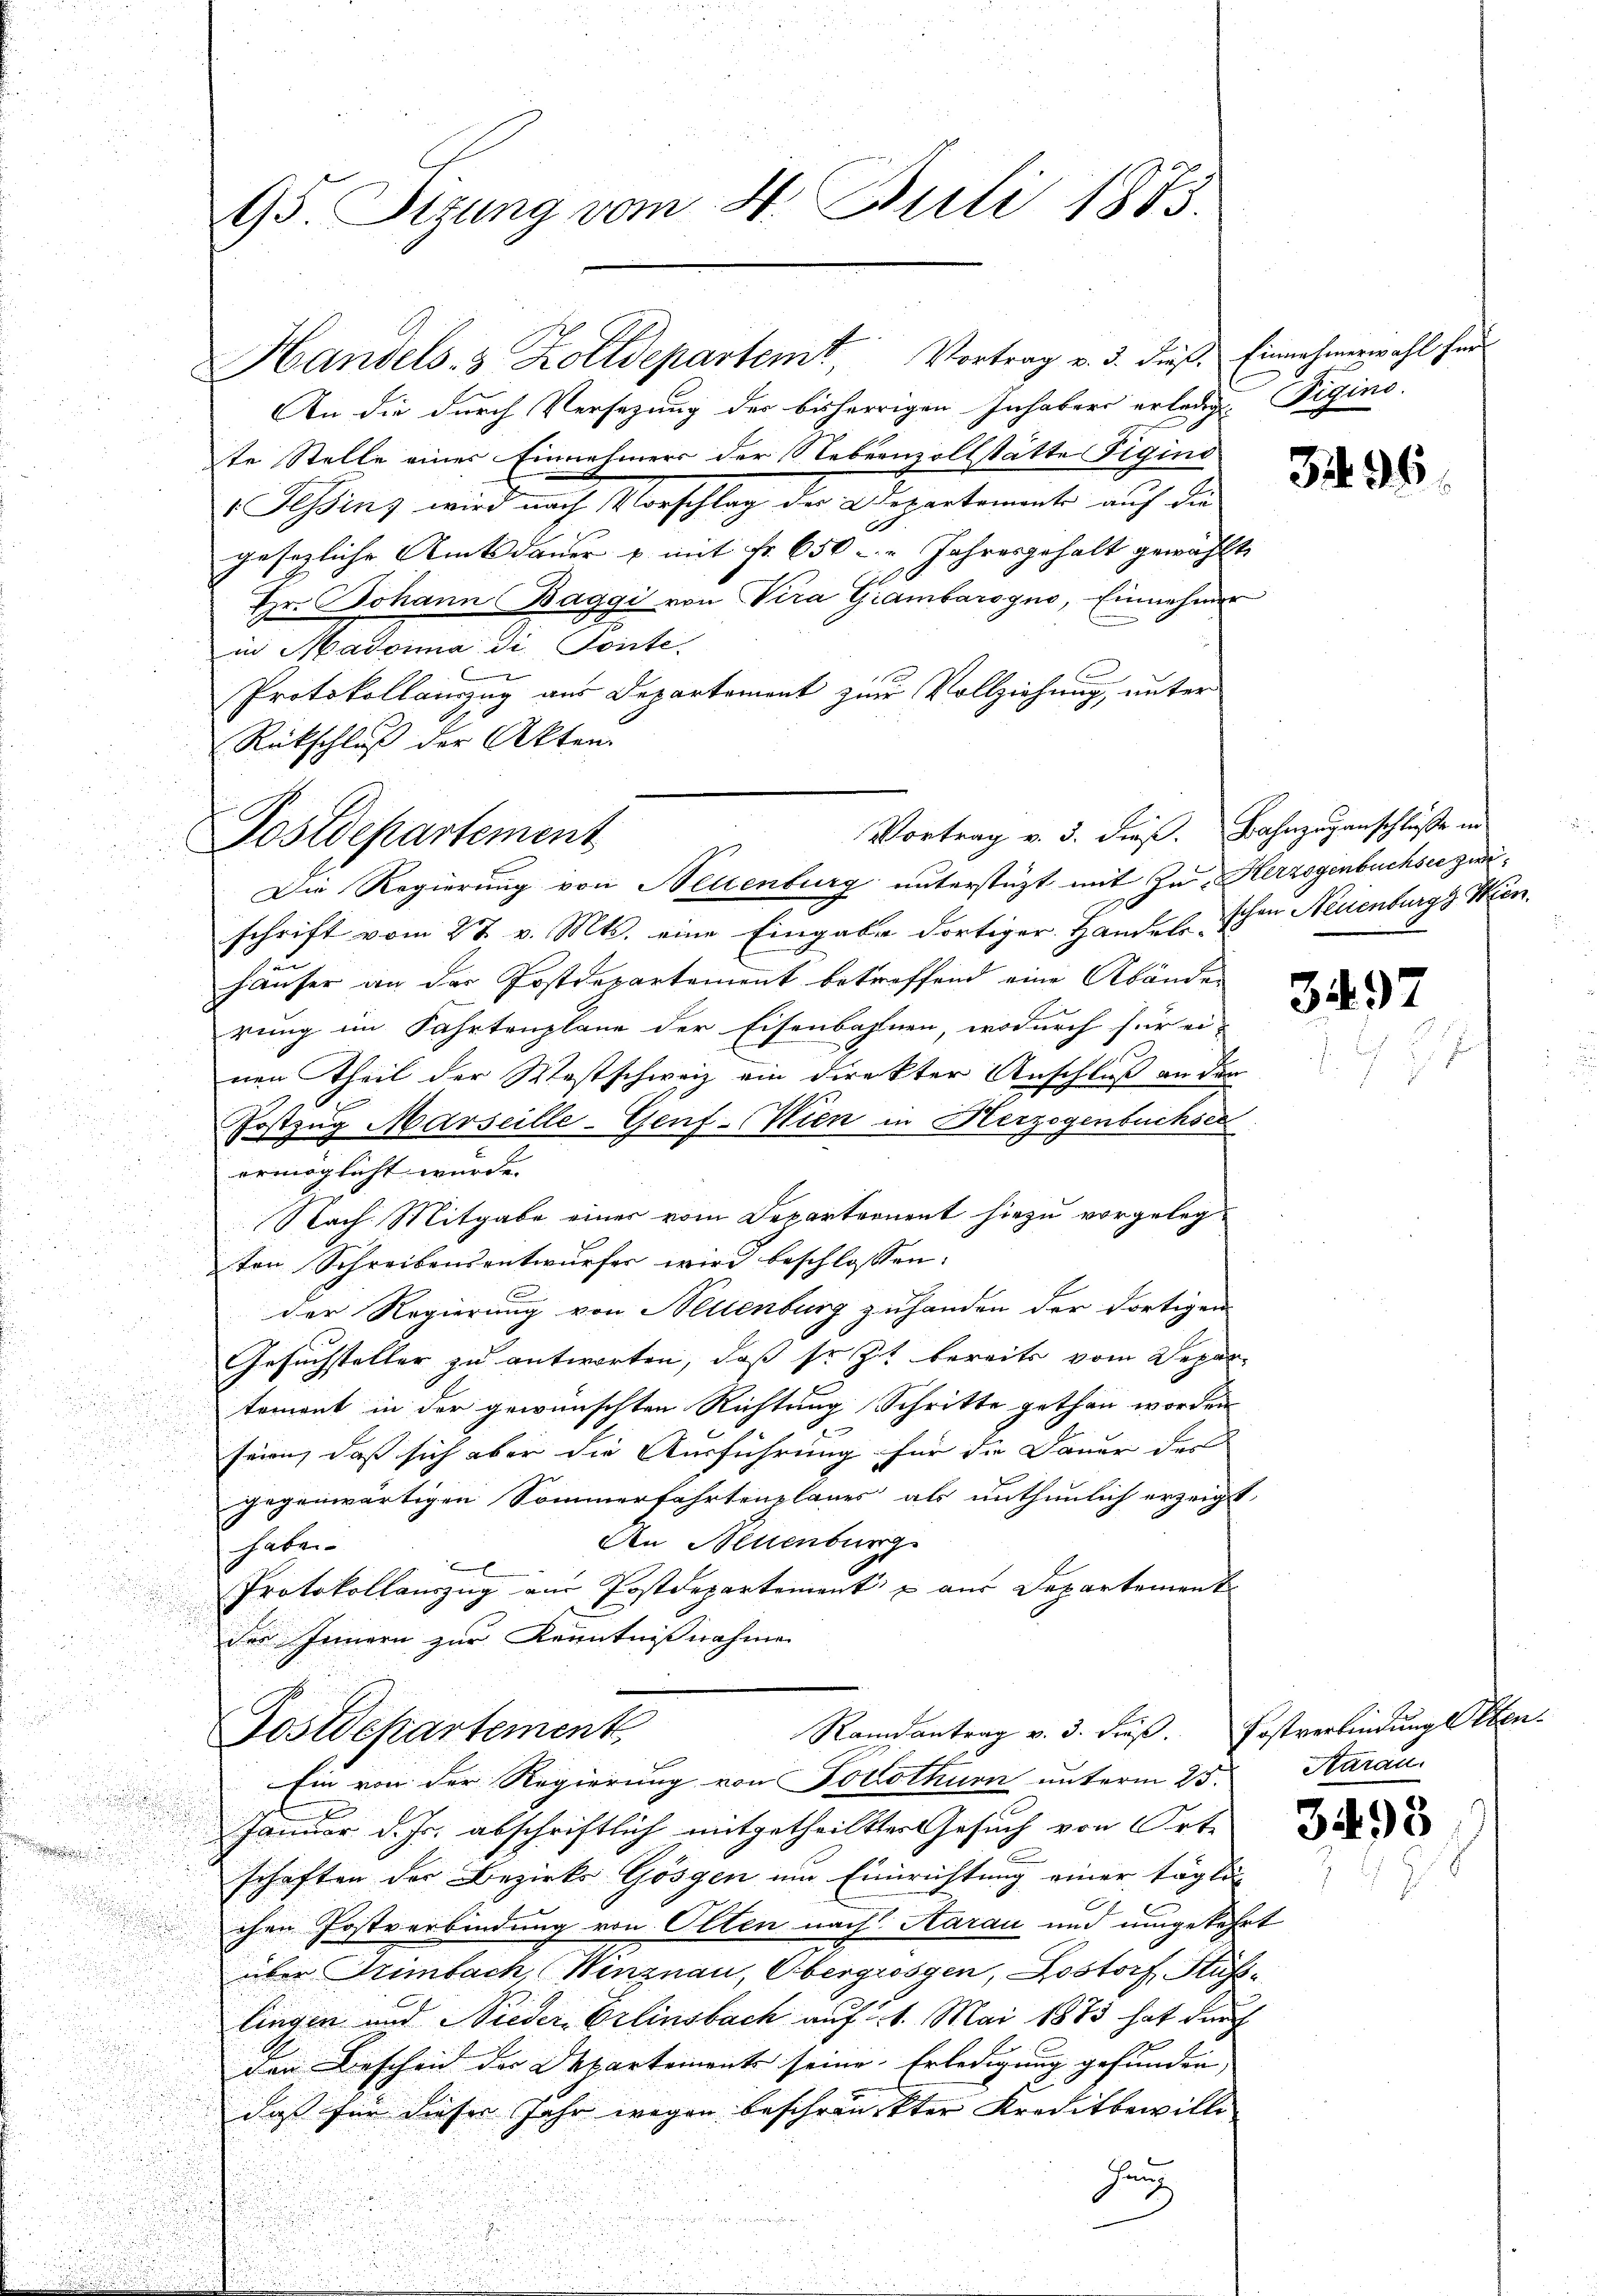
u

schrift vom 27. v. Mts. eine Eingabe dortiger Handels schon Neuenburg Ken¬
Hau
häuser an der Postdepartement betreffend eine Abänden
rung im Fahrtenplane der Eisenbahnen, wodurch für ei-
nen Theil der Westschweiz ein direkter Anschluß an den
Fostzug Marseille-Genf-Wien in Herzogenbuchsee
ermöglicht wurde.
Nach Mitgabe einer vom Departernent hiezu vorgelegten Schreibensentwurfer wird beschlossen:
der Regierung von Settenburg zu handen der dortigen
u
Gesuchsteller zu antworten, daß so sit bereits vom Depard
tement in der gewünschten Richtung Schritte gethan worden
d
seien, daß sich aber die Ausführung für die Dauer des
gegenwärtigen Sommerfahrtenplanes als unthunlich erzeigt,
An Neuenburg
haben.
E
Protokollauszug aus Postdepartement aus Departement
der Innern zur Kenntnißnahme

95. Stzung vom 4. Juli 1873.

An die durch Versezung der bisherrigen Inhabers erledigt. Vigino.
te Stelle einer Einnehmer der Nebenzollstätte Figina
 Fessens wird nach Vorschlag der Depertemente auf die
gesezliche Amtsdauer u. mit fr. 650 Jahresgehalt gewählt
Tr. Johann Baggi von Vira Giambarogno, Einnehmer
in Madonna di Sonte
Protokollanzug aus Departement zur Vollziehung, unter
Rückschluß der Akten.

Handels- & Zolldepartemt, Vortrag v. 3. dieß, Einnahmerwahl für

Vortrag v. 3. dies. Bahnzuganschluße in
Postdepartement
Die Regierung von Neuenburg unterstüzt mit Zu- Herzogenbuchsee zwi¬

Randantrag v. 3. dieß. Postverbindungsten-
Postdepartement

Ein von der Regierung von Poclothurn unterm 25. Aarau
Januar d. Js. abschriftlich mitgetheilter Gesuch von Orte
schaften der Bezirks Gösgen um Einrichtung einer tägli-
chen Postverbindung von Olten nach Aarau und umgekehrt
e
über Trimbach, Winznau, Obergrössen, Lostorf, Stufslingen und Nieder Erlinsbach auf 21. Mai 1873 hat durch

den Bescheid der Departements seine Erledigung gefunden,
daß für dieser Jahr wegen beschränckter Kreditbewilli
Hang

396

3497

3495